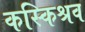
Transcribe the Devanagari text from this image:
कस्किश्रव